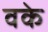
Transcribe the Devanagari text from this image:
वके